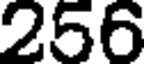
256